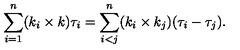
\sum _ { i = 1 } ^ { n } ( k _ { i } \times k ) \tau _ { i } = \sum _ { i < j } ^ { n } ( k _ { i } \times k _ { j } ) ( \tau _ { i } - \tau _ { j } ) .